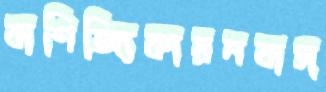
বাণিজ্যিকায়নবাস্